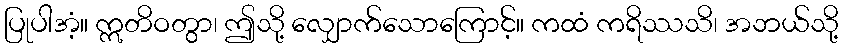
ပြုပါအံ့။ ဣတိဝတွာ၊ ဤသို့ လျှောက်သောကြောင့်။ ကထံ ကရိဿသိ၊ အဘယ်သို့